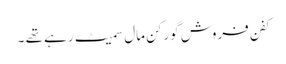
کفن فروش گورکن مال سمیٹ رہے تھے ۔